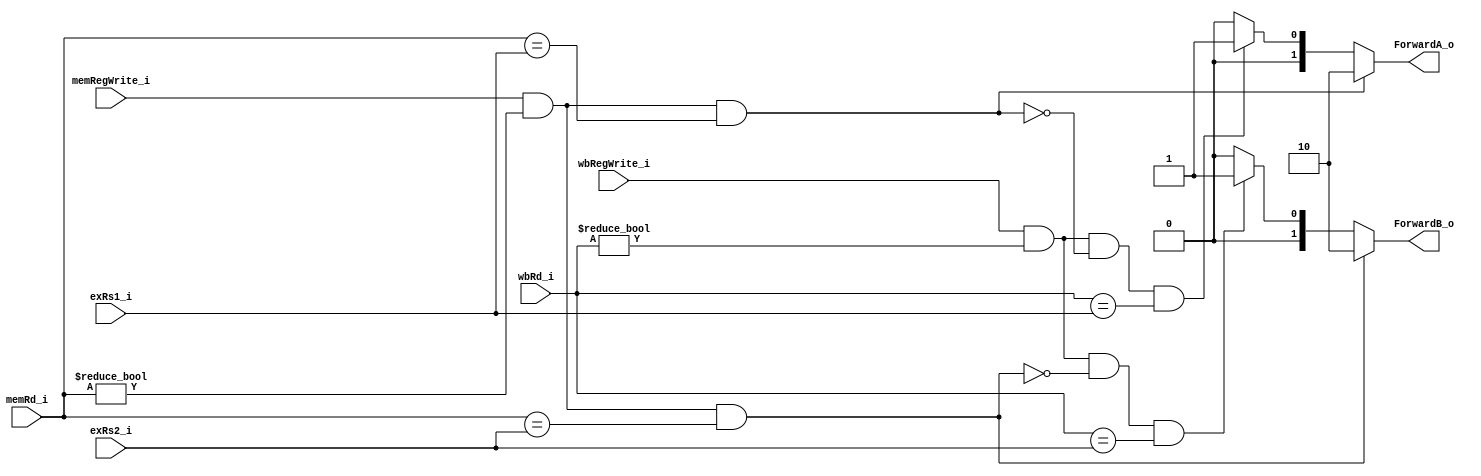
module FWUnit(memRegWrite_i,
    memRd_i,
    wbRegWrite_i,
    wbRd_i,
    exRs1_i,
    exRs2_i,
    ForwardA_o,
    ForwardB_o);
input memRegWrite_i, wbRegWrite_i;
input [4:0] memRd_i, wbRd_i;
input [4:0] exRs1_i, exRs2_i;
output reg [1:0] ForwardA_o, ForwardB_o;

always @(*)begin
    // ForwardA: first ALU operand (Rs1)
    // 00; comes from the Register File (no forwarding)
    // 10: ~ is forwarded from the prior ALU result
    // 01: ~ is forwarded from data memory or prior-prior ALU result
    // EX hazard
    ForwardA_o = 2'b00;
    ForwardB_o = 2'b00;
    if (memRegWrite_i == 1'b1 && memRd_i != 0 && memRd_i == exRs1_i) begin
    ForwardA_o = 2'b10;
    end
    // MEM hazard
    //  !(memRegWrite_i== 1'b1 && (memRd_i != 0) && (memRd_i == exRs1_i))
    // notconditionif statement
    else if ((wbRegWrite_i) && (wbRd_i != 0) &&
    !(memRegWrite_i== 1'b1 && (memRd_i != 0) && (memRd_i == exRs1_i))
    && (wbRd_i == exRs1_i)) ForwardA_o = 2'b01;

    // ForwardB: second ALU operand (Rs2)
    if ((memRegWrite_i) && (memRd_i!=0) && (memRd_i==exRs2_i))ForwardB_o = 2'b10;
    else if (wbRegWrite_i== 1'b1 && wbRd_i != 0 && !(memRegWrite_i==1'b1 && memRd_i != 0 && (memRd_i == exRs2_i))
    && (wbRd_i==exRs2_i))ForwardB_o = 2'b01;
end
endmodule


/*
// test bench
module FWUnit_tb;
reg memRegWrite;
reg wbRegWrite;
reg [4:0] memRd;
reg [4:0] wbRd;
reg [4:0] exRs1;
reg [4:0] exRs2;
wire [1:0] ForwardA;
wire [1:0] ForwardB;
FWUnit uut(memRegWrite, memRd, wbRegWrite, wbRd, exRs1, exRs2, ForwardA, ForwardB); //by-order passing arguments
initial
	begin
		$dumpfile("FWUnit_tb.vcd"); //fsdb vcd
		$dumpvars(0, FWUnit_tb);
        // ForwardA = 10, ForwardB = 11
		#50 memRegWrite = 1'b1; memRd = 5'b00001; wbRegWrite = 1'b0;  wbRd = 5'b00111; exRs1 =  5'b00001; exRs2 =  5'b00011;
        $monitor("ForwardA = %b |ForwardB = %b", ForwardA, ForwardB);

        // ForwardA = 11, ForwardB = 10
        #50 memRegWrite = 1'b1; memRd = 5'b00001; wbRegWrite = 1'b0;  wbRd = 5'b00111; exRs1 =  5'b00000; exRs2 =  5'b00001;
        $monitor("ForwardA = %b |ForwardB = %b", ForwardA, ForwardB);

        // ForwardA = 01, ForwardB = 11
        #50 memRegWrite = 1'b0; memRd = 5'b00001; wbRegWrite = 1'b1;  wbRd = 5'b00111; exRs1 =  5'b00111; exRs2 =  5'b00001;
        $monitor("ForwardA = %b |ForwardB = %b", ForwardA, ForwardB);

        // MEM hazardMEM forwarded
        // EX hazard
        // ForwardA = 10, ForwardB = 10
        #50 memRegWrite = 1'b0; memRd = 5'b00001; wbRegWrite = 1'b1;  wbRd = 5'b00001; exRs1 =  5'b00001; exRs2 =  5'b00001;
        $monitor("ForwardA = %b |ForwardB = %b", ForwardA, ForwardB);

        // ForwardA = 01, ForwardB = 01
        #50 memRegWrite = 1'b0; memRd = 5'b00001; wbRegWrite = 1'b1;  wbRd = 5'b00111; exRs1 =  5'b00111; exRs2 =  5'b00111;
        $monitor("ForwardA = %b |ForwardB = %b", ForwardA, ForwardB);
		#50 $finish;
	end
endmodule
*/